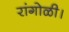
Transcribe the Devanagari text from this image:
रांगोळी।